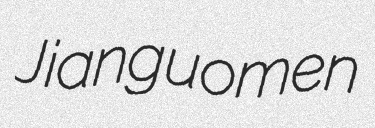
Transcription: Jianguomen